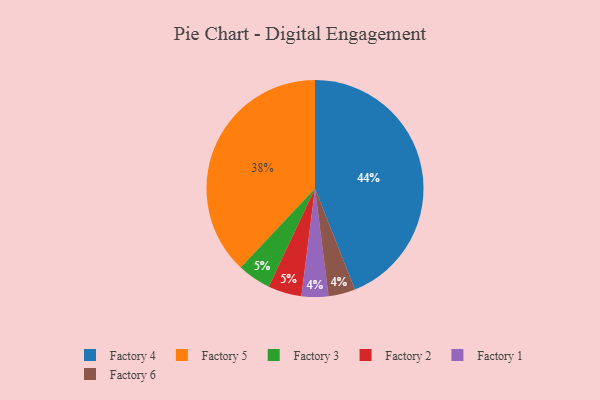
{"axis": {"x": "Category", "y": "Percentage"}, "legend": ["Factory 1", "Factory 2", "Factory 3", "Factory 4", "Factory 5", "Factory 6"], "data": [{"x": "Factory 3", "y": 5, "type": "Factory 3"}, {"x": "Factory 1", "y": 4, "type": "Factory 1"}, {"x": "Factory 4", "y": 44, "type": "Factory 4"}, {"x": "Factory 6", "y": 4, "type": "Factory 6"}, {"x": "Factory 5", "y": 38, "type": "Factory 5"}, {"x": "Factory 2", "y": 5, "type": "Factory 2"}]}